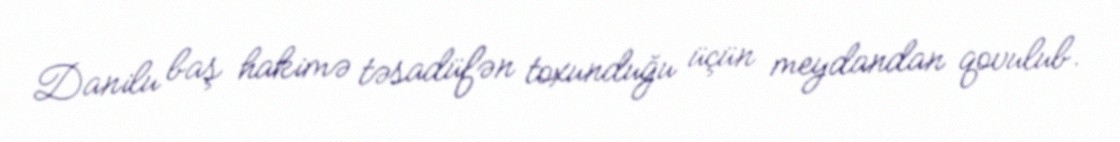
Danilu baş hakimə təsadüfən toxunduğu üçün meydandan qovulub.